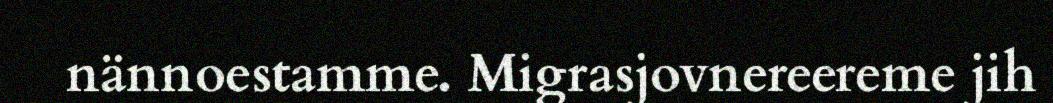
nännoestamme. Migrasjovnereereme jih